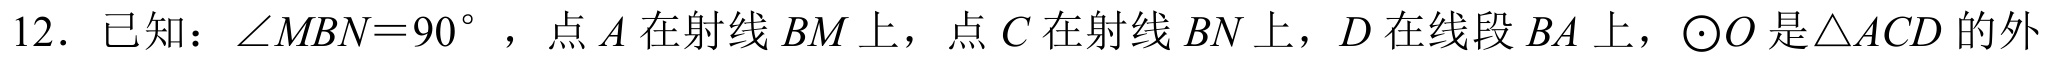
12．已知：\(\angle MBN = 90^{\circ}\)，点\(A\)在射线\(BM\)上，点\(C\)在射线\(BN\)上，\(D\)在线段\(BA\)上，\(\odot O\)是\(\triangle ACD\)的外